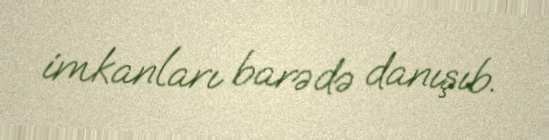
imkanları barədə danışıb.